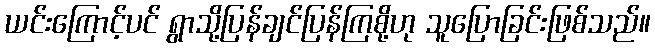
ယင်းကြောင့်ပင် ရွာသို့ပြန်ချင်ပြန်ကြစို့ဟု သူပြောခြင်းဖြစ်သည်။